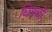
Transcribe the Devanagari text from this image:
धिसादी